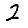
Digit: 2